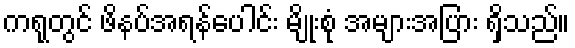
ကရုတွင် ဖိနပ်အရန်ပေါင်း မျိုးစုံ အများအပြား ရှိသည်။